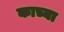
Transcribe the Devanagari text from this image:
काच्या